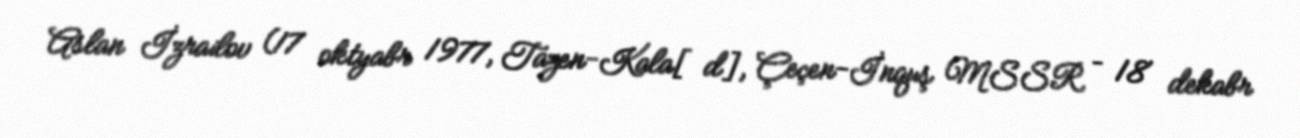
Aslan İzrailov (17 oktyabr 1977, Tazen-Kala[d], Çeçen-İnquş MSSR – 18 dekabr